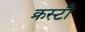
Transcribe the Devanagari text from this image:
क्रस्टी